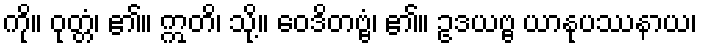
ကို။ ဝုတ္တံ၊ ၏။ ဣတိ၊ သို့။ ဝေဒိတဗ္ဗံ၊ ၏။ ဥဒယဗ္ဗ ယာနုပဿနာယ၊